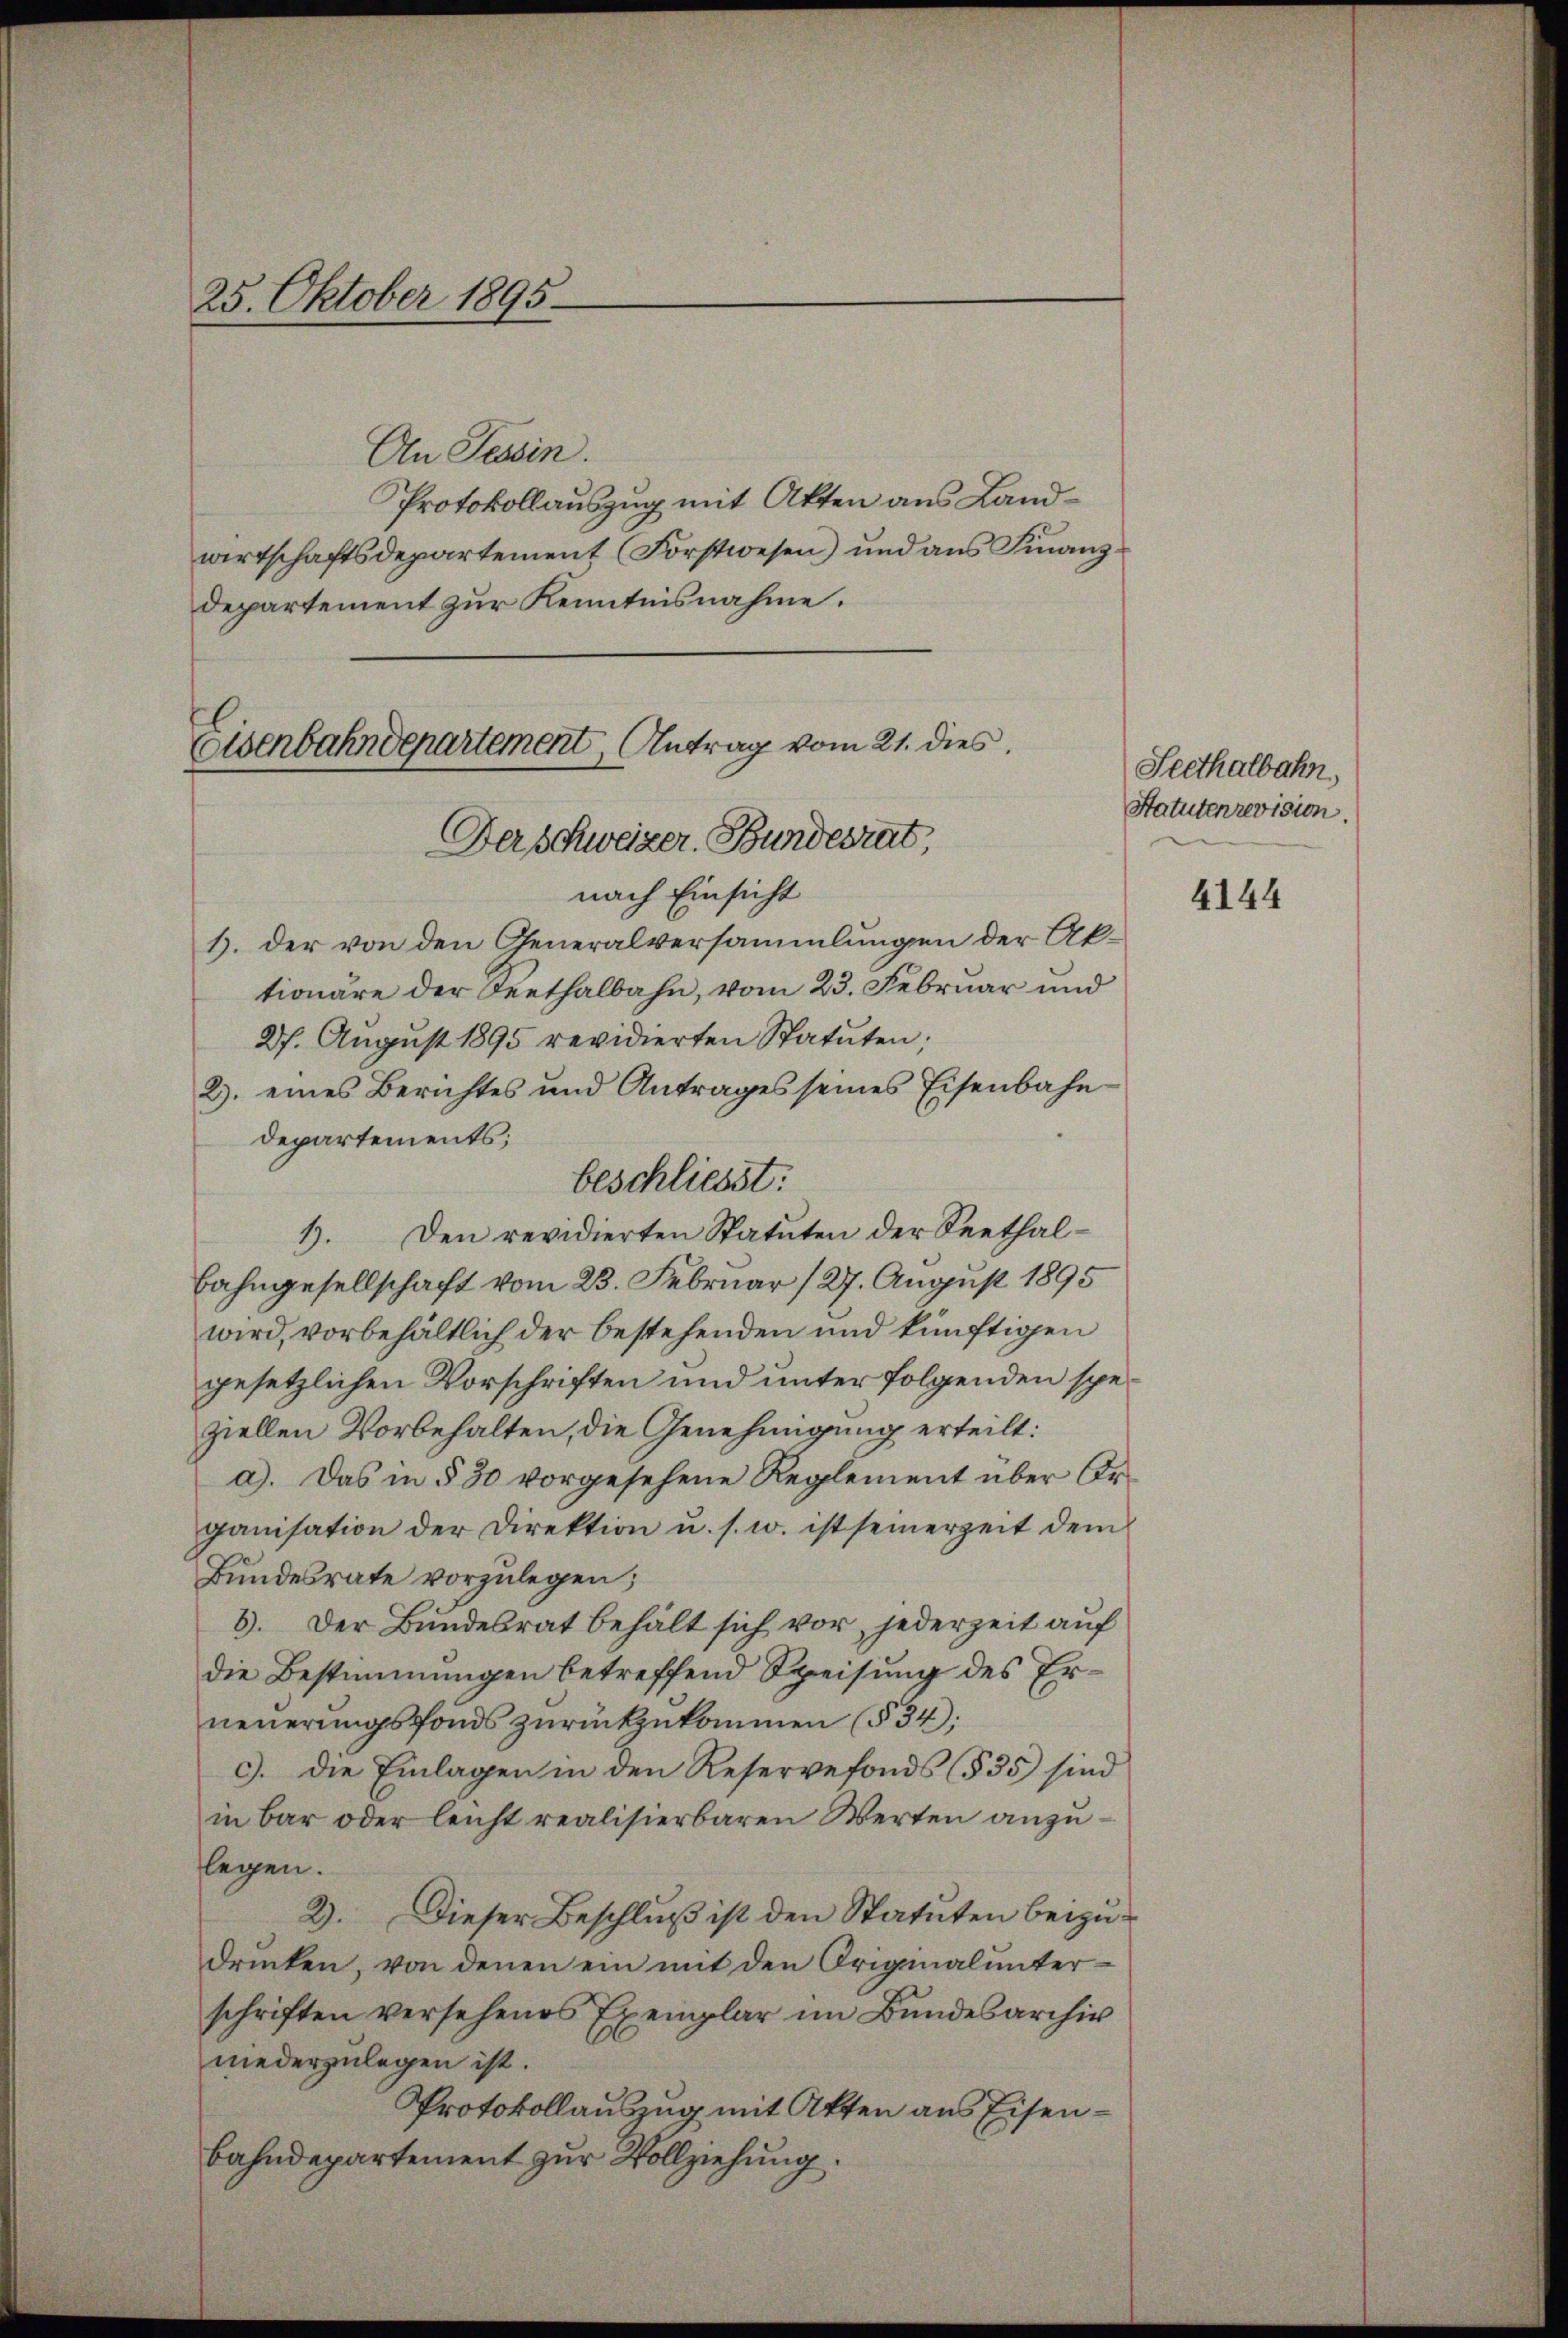
25. Oktober 1895

An Tessin.
Protokollauszug mit Akten aus Landwirtschaftsdepartement Forstwesen) und aus Finanzdepartement zur Kenntnisnahme.

Eisenbahndepartement, Antrag vom 21. dies
Der Schweizer. Bundesrat,

nach Einsicht
b. der von den Generalversammlungen der Aktionäre der Seethalbahn, vom 23. Februar und
27. August 1895 revidierten Statuten;
2. eines Berichtes und Antrages seines Eisenbahn
departements;
beschliesst:
1. Den revidierten Statuten der Seethal-
Bahngesellschaft vom 23. Februar 127. August 1895
wird, vorbehältlich der bestehenden und künftigen
gesetzlichen Vorschriften und unter folgenden speziellen Vorbehalten, die Genehmigung erteilt:
a). Das in § 30 vorgesehene Reglement über Organisation der Direktion u. s. w. ist seinerzeit dem
Bundesrate vorzulegen;
8. Der Bundesrat behält sich vor, jederzeit auf
die Bestimmungen betreffend Speisung des Erneuerungsfonds zurückzukommen (§ 34;
c. die Einlagen in den Reservefonds (§ 35 sind
in bar oder leicht realisierbaren Werten anzuflegen.
2). Dieser Beschlŭβ ist den Statuten beizu-
drücken, von denen ein mit den Originalunter-
schriften versehenes Exemplar im Bundesarchiv
niederzulegen ist.
Protokollauszug mit Akten aus Eisenbahndepartement zur Vollziehung.

Seethalbahn,
Statutenrevision.

4144